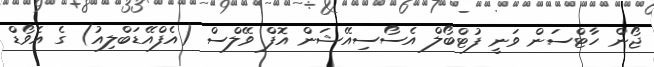
ޖޯން ހާޓްސަން ވަނީ ފުޓްބޯލް އެސޯސިއޭޝަން އޮފް ވޭލްސް (އެފްއޭޑަބްލިއު) ގެ އެވޯޑް